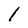
Character: 1